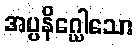
အပ္ပနိဂ္ဃေါသော